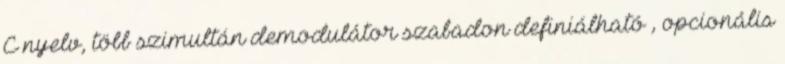
C nyelv, több szimultán demodulátor szabadon definiálható , opcionális